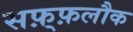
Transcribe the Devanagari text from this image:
सफ़्फ़लौक